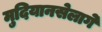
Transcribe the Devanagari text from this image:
मुदियानसेलागे